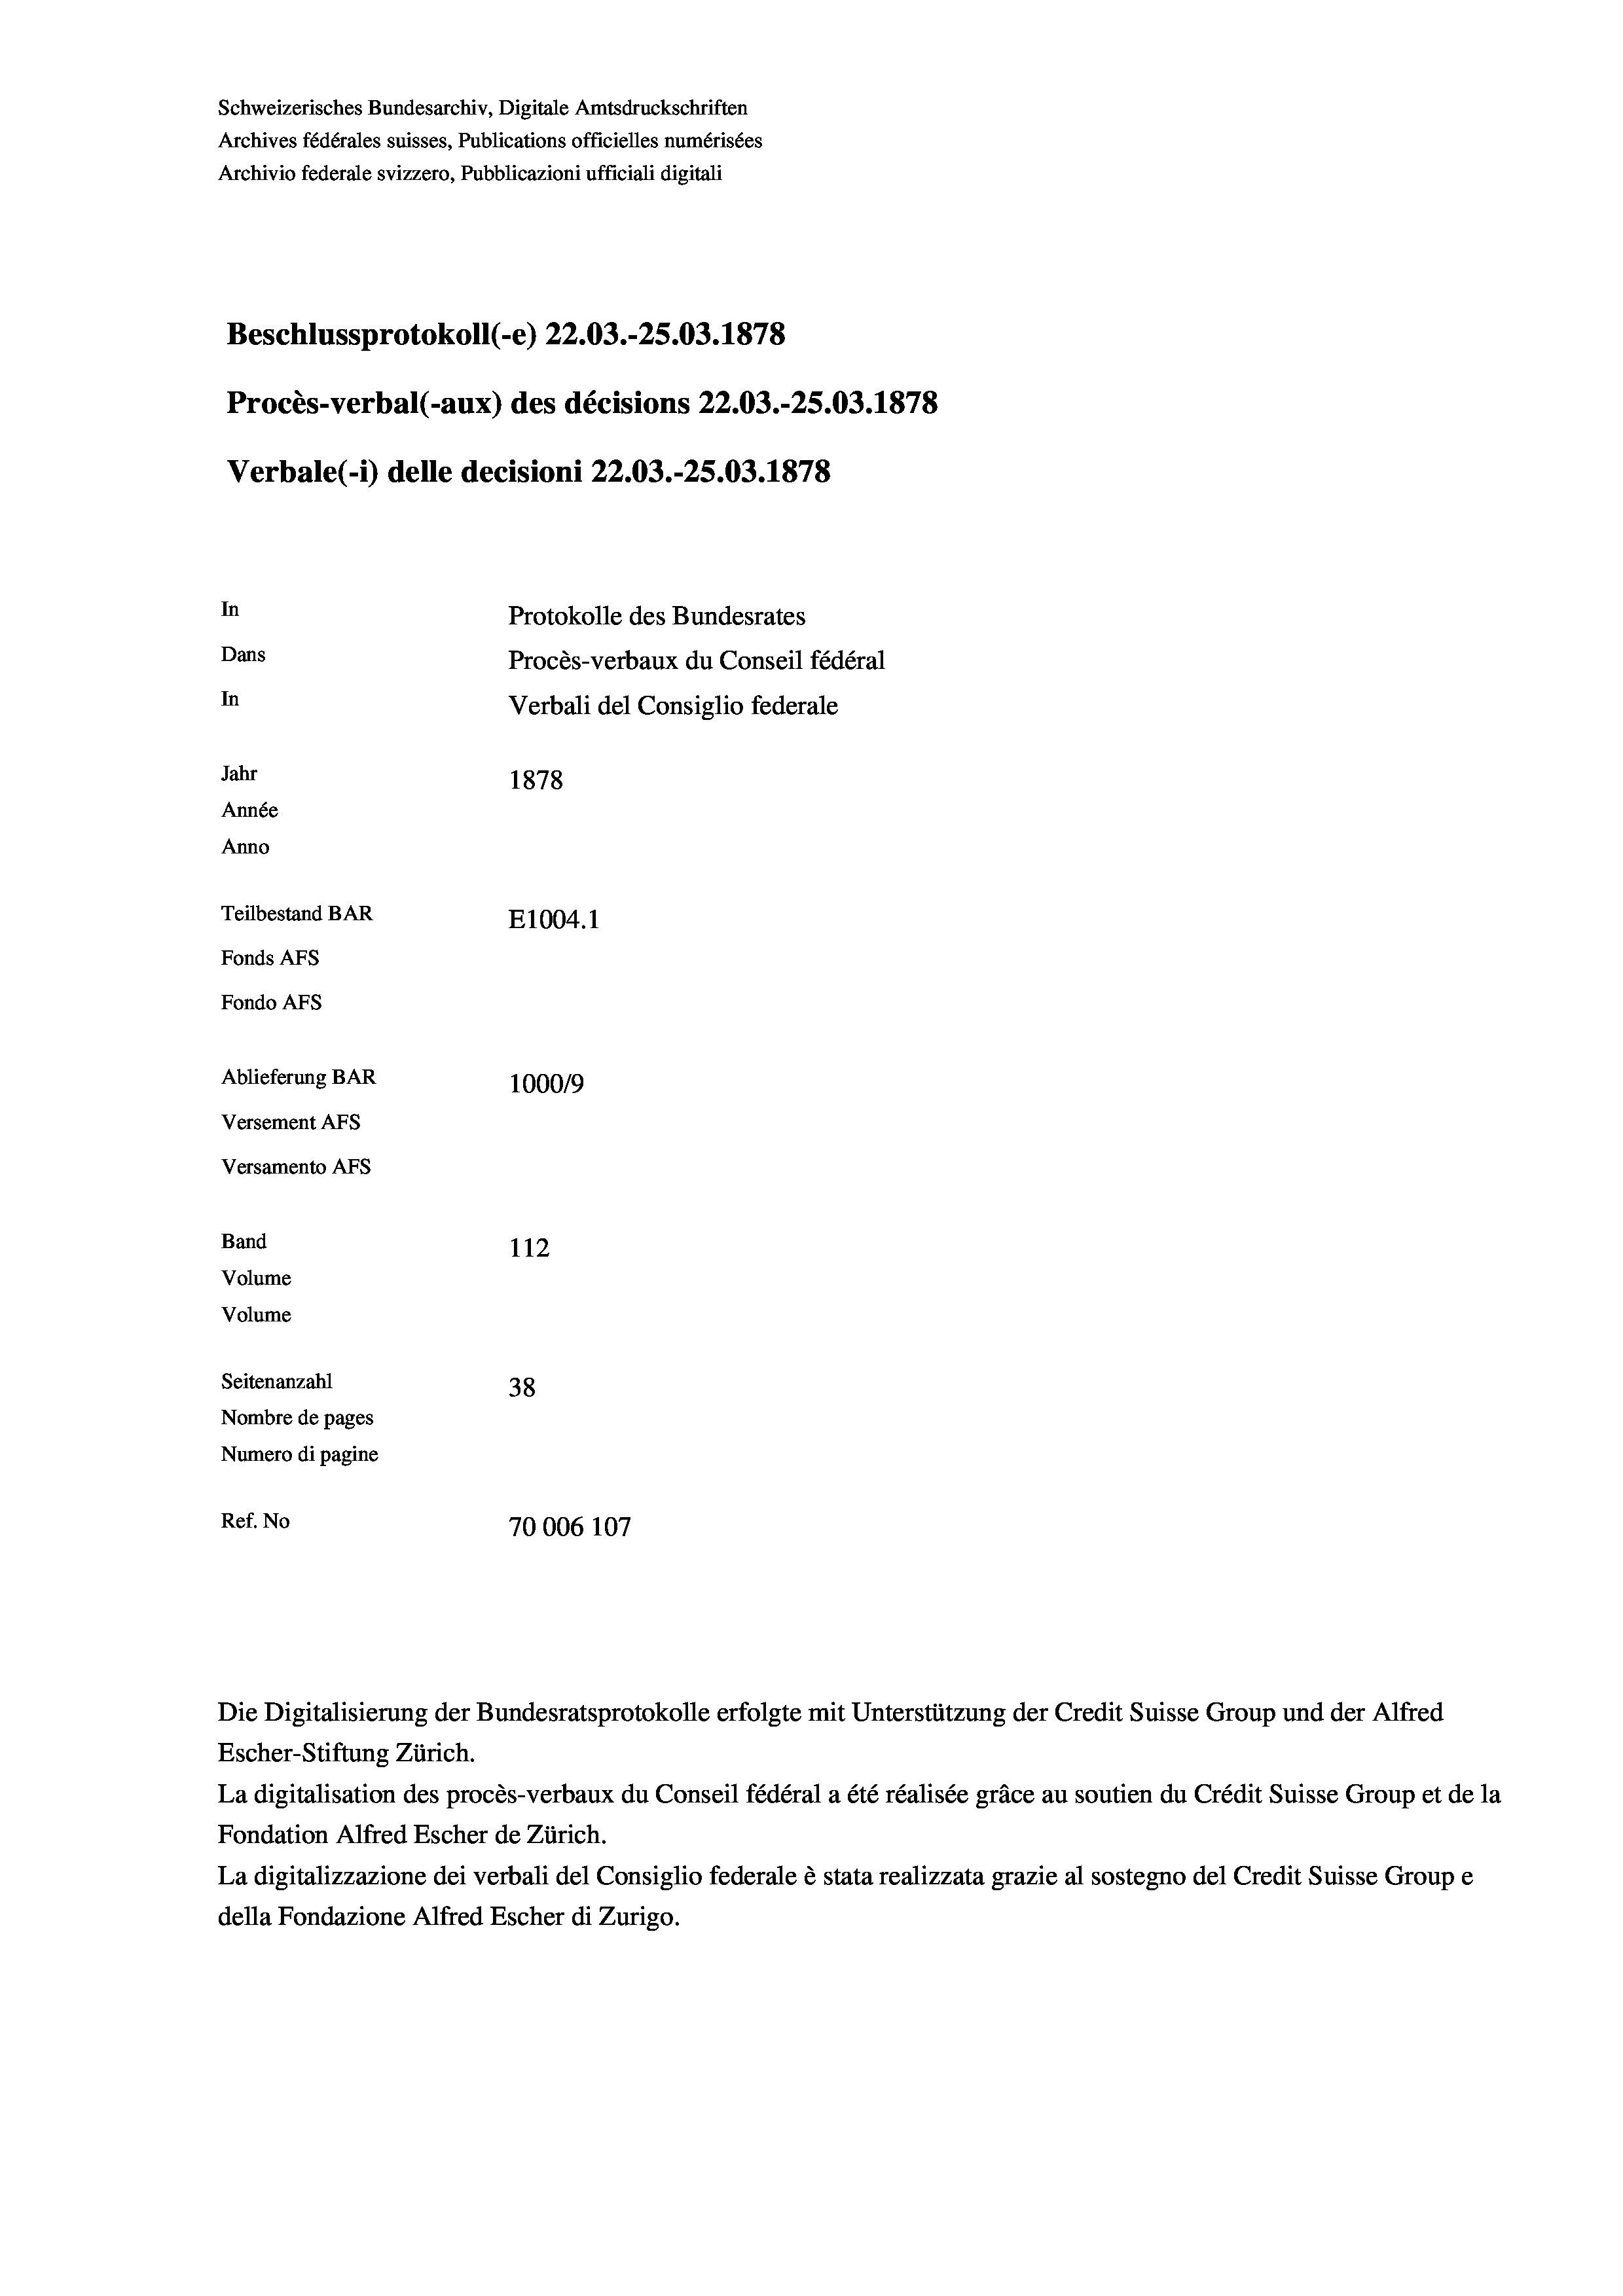
Schweizerisches Bundesarchiv, Digitale Amtsdruckschriften
Archives fédérales suisses, Publications officielles numérisées
Archivio federale svizzero, Pubblicazioni ufficiali digitali
Beschlussprotokoll (-e) 22.03.-25.03. 1878
Procès-verbal (-aux) des décisions 22.03.-25.03. 1878
Verbale (-) delle decisioni 22.03.-25.03. 1878
In
Protokolle des Bundesrates
Dans
Procès-verbaux du Conseil fédéral
In
Verbali del Consiglio federale
Jahr
1878
Année
Anno
Teilbestand BAR
E1004. 1
Fonds AFs
Fondo Afs
Ablieferung BAR
100019
Versement AFs
Versamento AFs
Band
112
Volume
Volume
Seitenanzahl
38
Nombre de pages
Numero di pagine
Ref. No
70006 107

Escher-Stiftung Zürich.
La digitalisation des procès-verbaux du Conseil fédéral a été réalisée gräce au soutien du Crédit Suisse Group et de la
Fondation Alfred Escher de Zürich.
La digitalizzazione dei verbali del Consiglio federale è stata realizzata grazie al sostegno del Credit Suisse Groupe
della Fondazione Alfred Escher di Zurigo.

Die Digitalisierung der Bundesratsprotokolle erfolgte mit Unterstützung der Credit Suisse Group und der Alfred